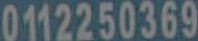
0112250369